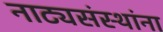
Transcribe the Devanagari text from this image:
नाट्यसंस्थांना